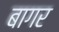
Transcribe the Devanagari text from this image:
बागर